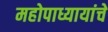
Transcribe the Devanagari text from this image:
महोपाध्यायांचे